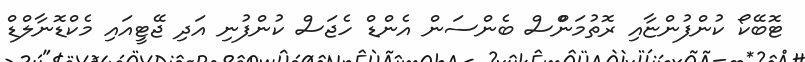
ޓޮބޭކޯ ކުންފުންޏާއި ރޮތުމަންްސް ބެންސަން އެންޑް ހެޖަސް ކުންފުނި އަދި ޖޭޓީއައި މެކްޑޮނާލްޑް